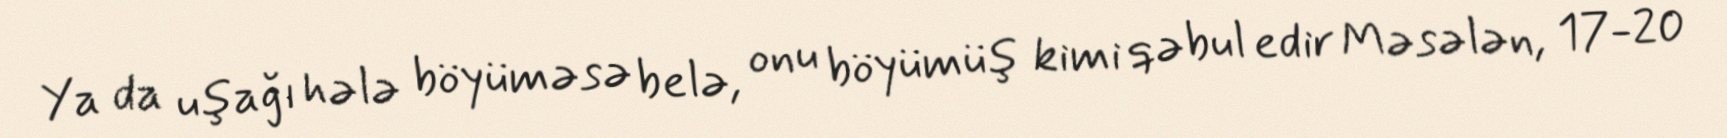
Ya da uşağı hələ böyüməsə belə, onu böyümüş kimi qəbul edir Məsələn, 17-20